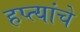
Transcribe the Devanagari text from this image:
हप्त्यांचे